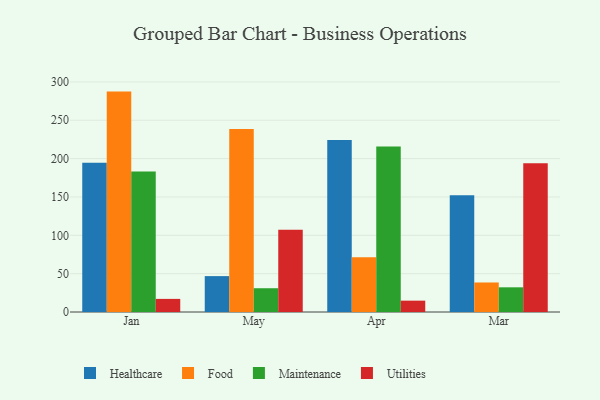
{"axis": {"x": "Month", "y": "Market Share (%)"}, "legend": ["Food", "Healthcare", "Maintenance", "Utilities"], "data": [{"x": "Jan", "y": 194.6, "type": "Healthcare"}, {"x": "Jan", "y": 287.4, "type": "Food"}, {"x": "Jan", "y": 183.1, "type": "Maintenance"}, {"x": "Jan", "y": 17.1, "type": "Utilities"}, {"x": "May", "y": 46.8, "type": "Healthcare"}, {"x": "May", "y": 238.7, "type": "Food"}, {"x": "May", "y": 31.0, "type": "Maintenance"}, {"x": "May", "y": 107.1, "type": "Utilities"}, {"x": "Apr", "y": 224.4, "type": "Healthcare"}, {"x": "Apr", "y": 71.5, "type": "Food"}, {"x": "Apr", "y": 215.7, "type": "Maintenance"}, {"x": "Apr", "y": 14.8, "type": "Utilities"}, {"x": "Mar", "y": 152.1, "type": "Healthcare"}, {"x": "Mar", "y": 38.5, "type": "Food"}, {"x": "Mar", "y": 32.2, "type": "Maintenance"}, {"x": "Mar", "y": 194.1, "type": "Utilities"}]}